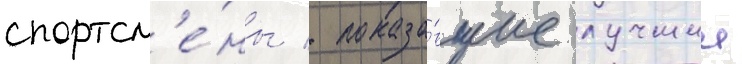
спортсм'е́ны / показа́вшие лучшии